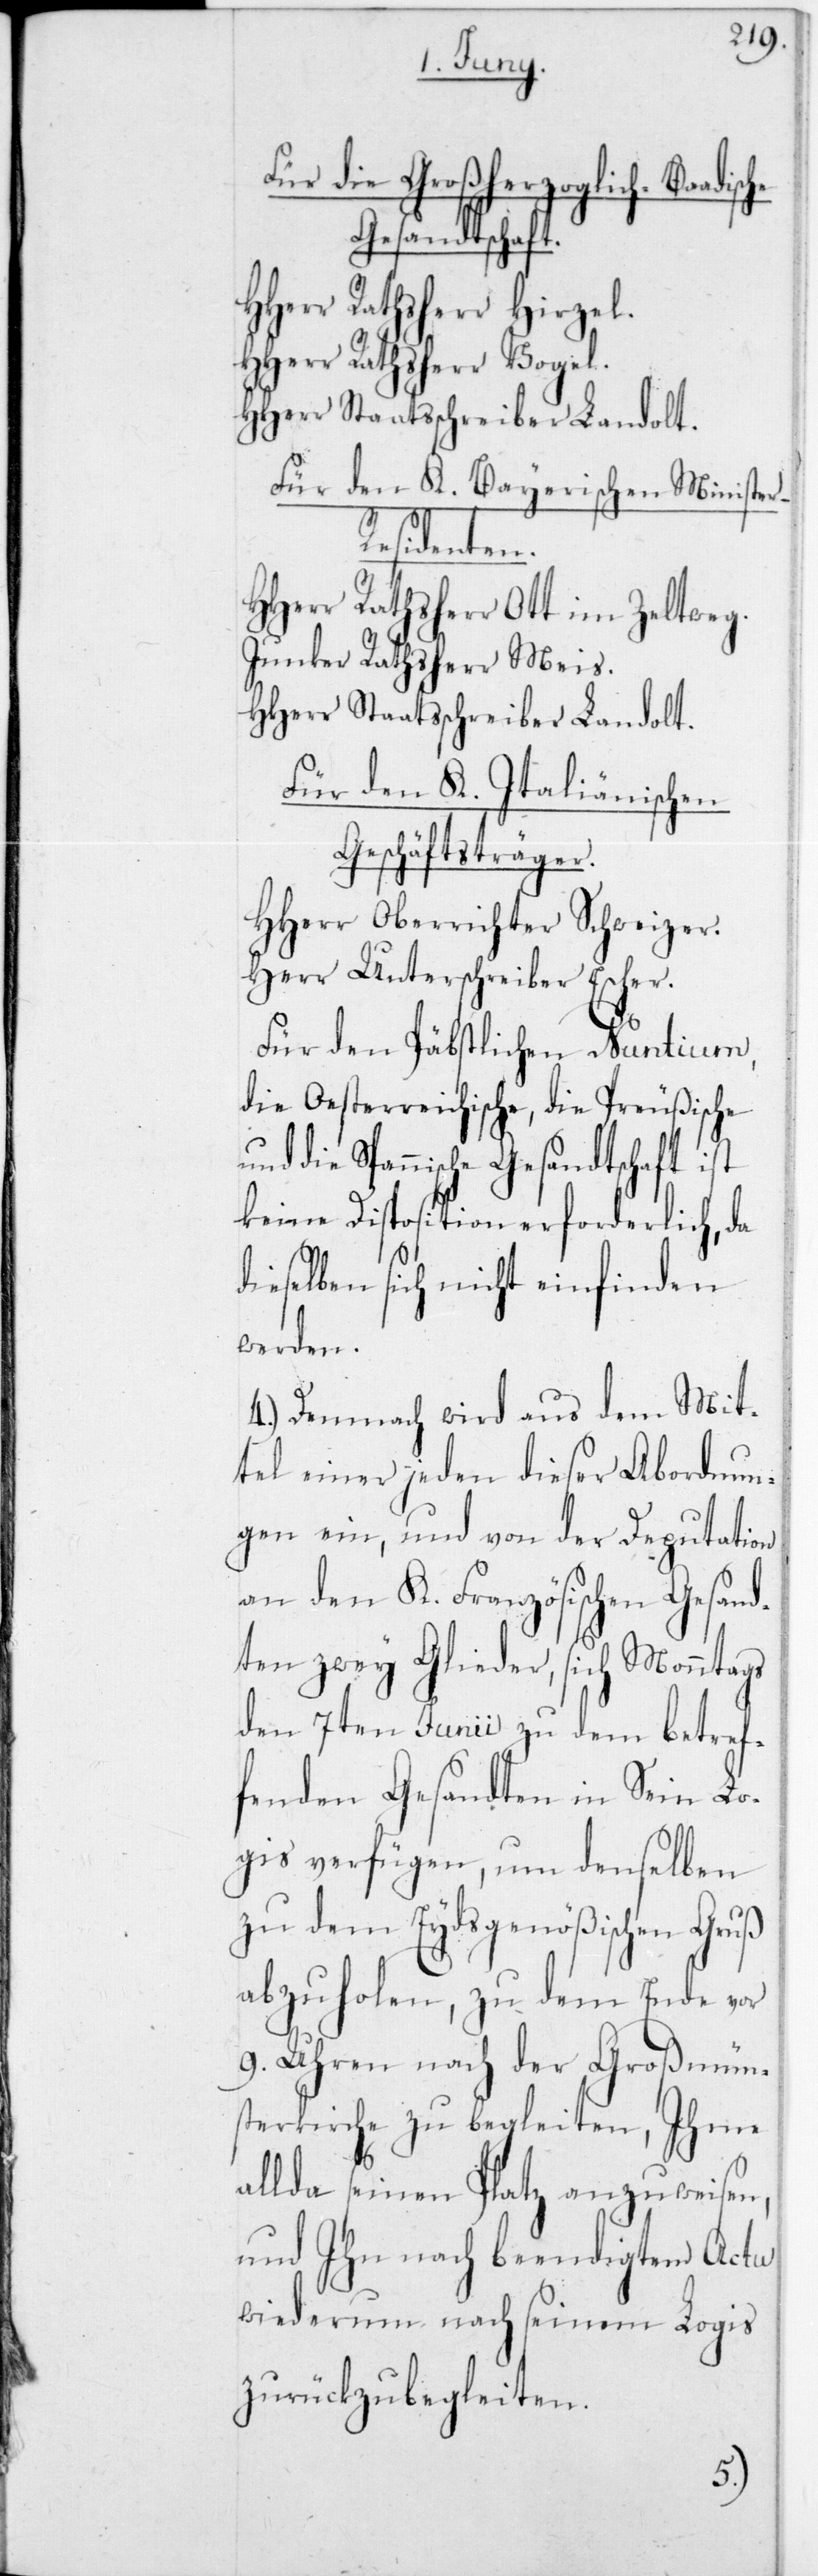
Für die Großherzoglich-Baadische
Gesandtschaft.
HHerr Rathsherr Vogel.
Hherr Staatsschreiber Landolt.
Für den K. Bayerischen Minister-R¬
esidenten.
HHerr Rathsherr Ott im Zeltweg.
Junker Rathsherr Meis.
HHerr Staatsschreiber Landolt.
Für den K. Italiänischen
Geschäftsträger.
Hherr Oberrichter Schweizer.
Herr Unterschreiber Escher.
Für den Päpstlichen Nuntium,
die Oesterreichische, die Preußische
und die Spanische Gesandtschaft ist
keine Disposition erforderlich, da
dieselbe sich nicht einfinden
werden.
4.) Demnach wird aus dem Mit¬
tel einer jeden dieser Abordnun¬
gen ein, und von der Depuation
an den K. Französischen Gesand¬
ten zwey Glieder, sich Monntags
den 7ten Junii zu dem betref¬
fenden Gesandten in sein Lo¬
gis verfügen, um denselben
zu dem Eydsgenößischen Gruß
abzuholen, zu dem Ende vor
9 Uhren nach der Großmün¬
sterkirche zu begleiten , Ihme
allda seinen Platz anzuweisen,
und Ihn nach seinem Logis
zurück zu begleiten.